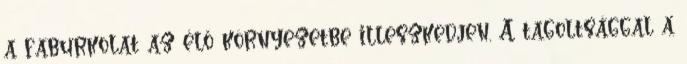
a faburkolat az élő környezetbe illeszkedjen. A tagoltsággal a